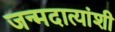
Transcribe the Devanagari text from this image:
जन्मदात्यांशी